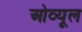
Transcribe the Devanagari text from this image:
ओव्यूल